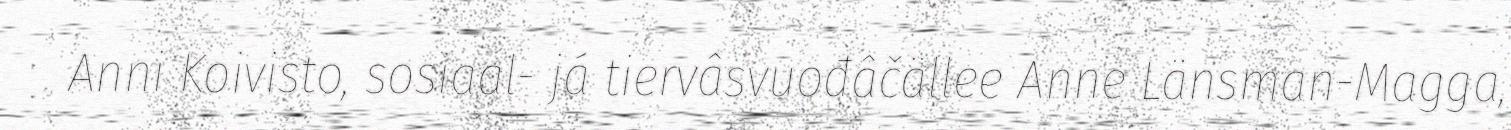
Anni Koivisto, sosiaal- já tiervâsvuođâčällee Anne Länsman-Magga,